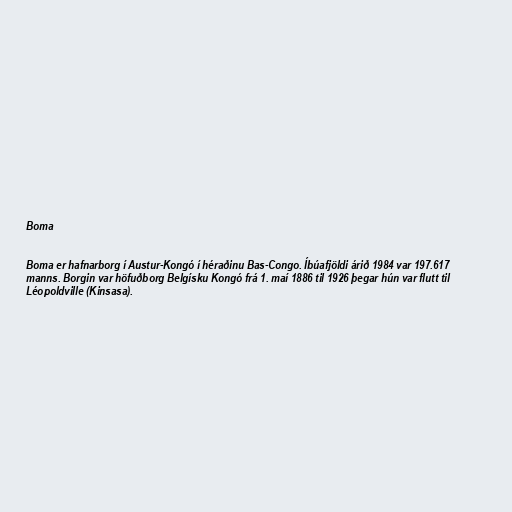
Boma

Boma er hafnarborg í Austur-Kongó í héraðinu Bas-Congo. Íbúafjöldi árið 1984 var 197.617
manns. Borgin var höfuðborg Belgísku Kongó frá 1. maí 1886 til 1926 þegar hún var flutt til
Léopoldville (Kinsasa).